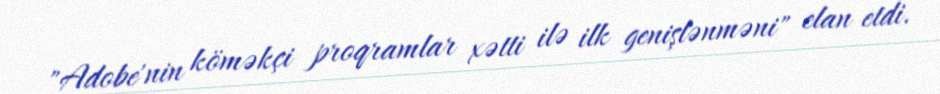
"Adobe'nin köməkçi proqramlar xətti ilə ilk genişlənməni" elan etdi.